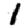
Digit: 1